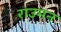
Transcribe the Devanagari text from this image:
राउमन